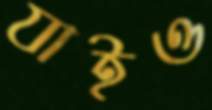
যাইও